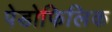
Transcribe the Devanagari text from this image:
पेडोफिलिक